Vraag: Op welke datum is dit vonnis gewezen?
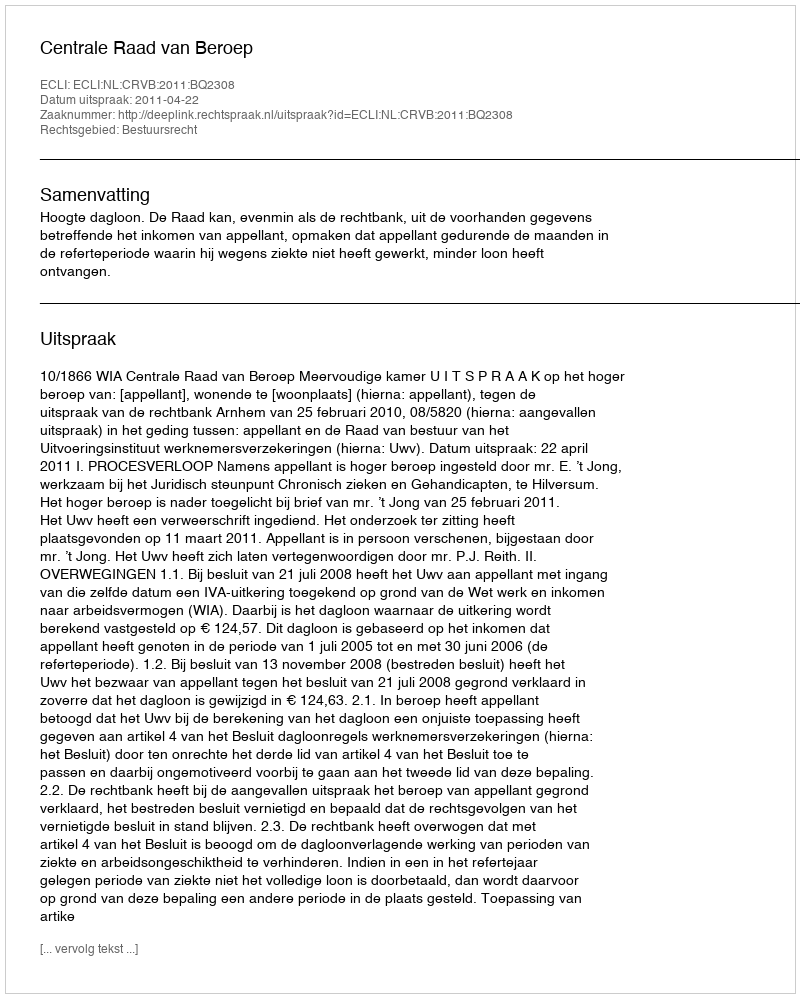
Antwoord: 2011-04-22